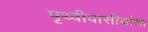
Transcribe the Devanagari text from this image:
पृथ्वीवासीयांचा